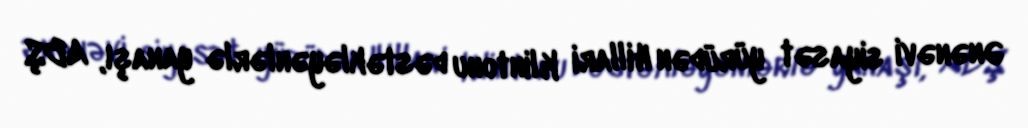
Ənənəvi siyasət yürüdən Hillari Klintonu dəstəkləyənlərlə yanaşı, ABŞ